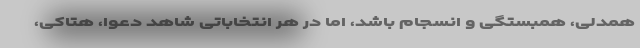
همدلی، همبستگی و انسجام باشد، اما در هر انتخاباتی شاهد دعوا، هتاکی،